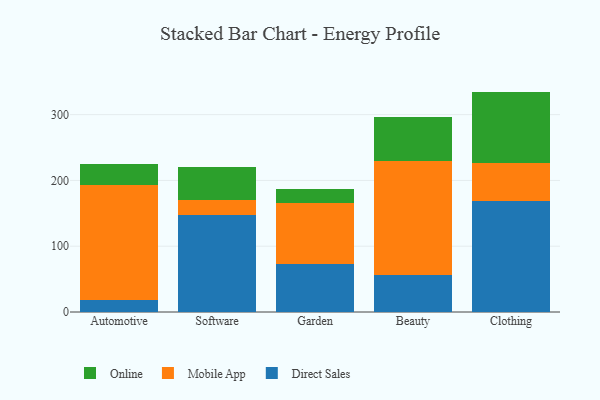
{"axis": {"x": "Category", "y": "Demand Index"}, "legend": ["Direct Sales", "Mobile App", "Online"], "data": [{"x": "Automotive", "y": 17.7, "type": "Direct Sales"}, {"x": "Automotive", "y": 175.2, "type": "Mobile App"}, {"x": "Automotive", "y": 32.4, "type": "Online"}, {"x": "Software", "y": 147.0, "type": "Direct Sales"}, {"x": "Software", "y": 23.4, "type": "Mobile App"}, {"x": "Software", "y": 49.6, "type": "Online"}, {"x": "Garden", "y": 73.0, "type": "Direct Sales"}, {"x": "Garden", "y": 92.9, "type": "Mobile App"}, {"x": "Garden", "y": 21.5, "type": "Online"}, {"x": "Beauty", "y": 56.3, "type": "Direct Sales"}, {"x": "Beauty", "y": 173.8, "type": "Mobile App"}, {"x": "Beauty", "y": 66.9, "type": "Online"}, {"x": "Clothing", "y": 169.2, "type": "Direct Sales"}, {"x": "Clothing", "y": 57.7, "type": "Mobile App"}, {"x": "Clothing", "y": 108.1, "type": "Online"}]}